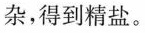
杂，得到精盐。